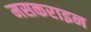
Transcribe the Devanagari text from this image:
मसकराइन